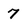
Character: 7